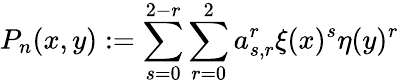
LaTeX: P_{n}(x,y):=\sum_{s=0}^{2-r}\sum_{r=0}^{2}a_{s,r}^{r}\xi(x)^{s}\eta(y)^{r}